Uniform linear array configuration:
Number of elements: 64
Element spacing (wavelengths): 0.75
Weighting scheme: uniform
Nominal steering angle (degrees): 0
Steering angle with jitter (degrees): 1.183
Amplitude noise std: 0.05
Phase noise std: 0.05

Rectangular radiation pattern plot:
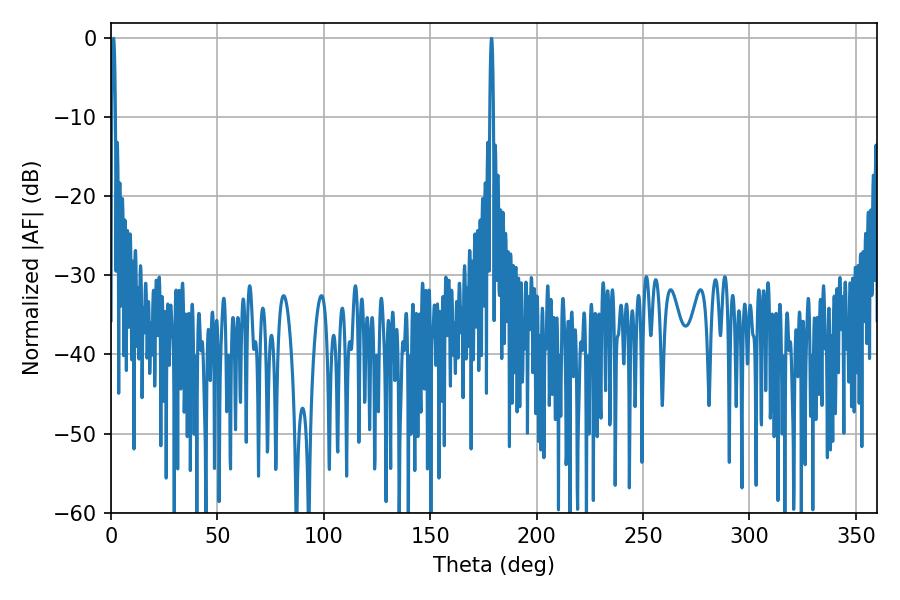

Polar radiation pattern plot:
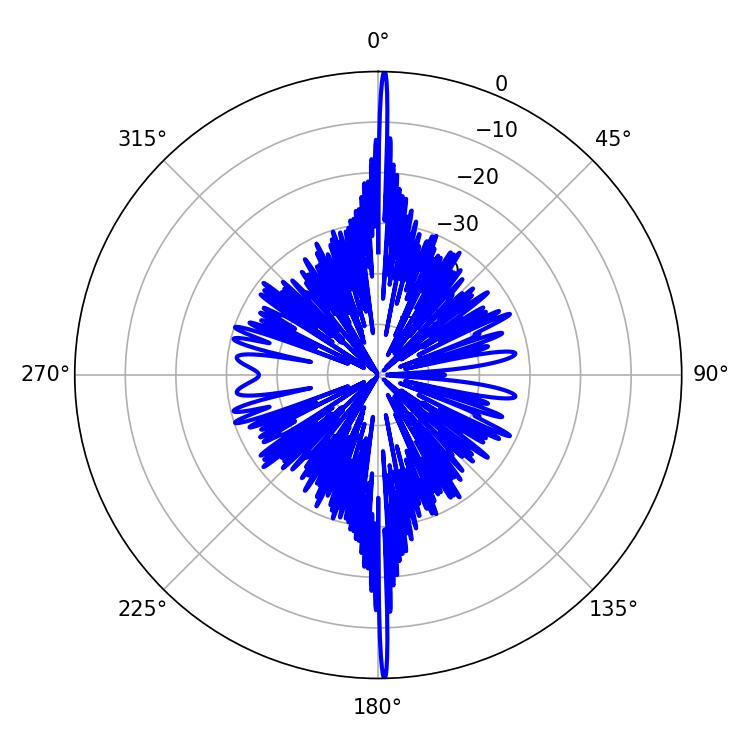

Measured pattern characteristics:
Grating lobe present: TRUE
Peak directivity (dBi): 34.754
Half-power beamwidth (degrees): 0.9
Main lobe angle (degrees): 1.26